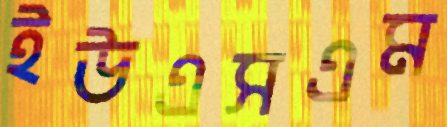
ইউএসএম